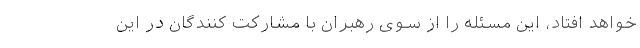
خواهد افتاد، این مسئله را از سوی رهبران با مشارکت کنندگان در این